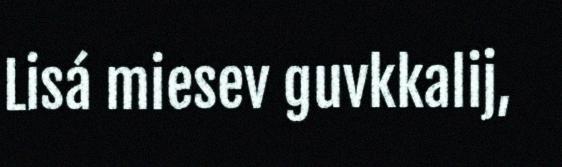
Lisá miesev guvkkalij,